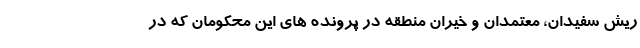
ریش سفیدان، معتمدان و خیران منطقه در پرونده های این محکومان که در